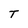
Character: T